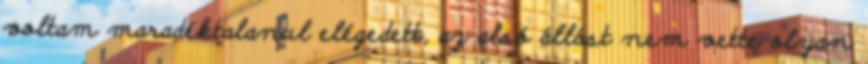
voltam maradéktalanul elégedett, az alsó állást nem vette olyan